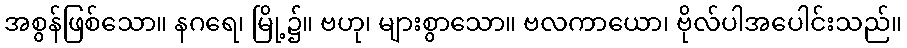
အစွန်ဖြစ်သော။ နဂရေ၊ မြို့၌။ ဗဟု၊ များစွာသော။ ဗလကာယော၊ ဗိုလ်ပါအပေါင်းသည်။